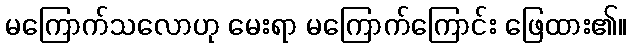
မကြောက်သလောဟု မေးရာ မကြောက်ကြောင်း ဖြေထား၏။